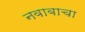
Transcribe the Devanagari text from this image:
नवाबाचा